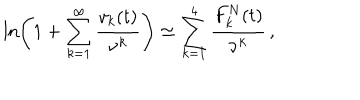
\ln \left( 1 + \sum _ { k = 1 } ^ { \infty } \frac { v _ { k } ( t ) } { \nu ^ { k } } \right) \simeq \sum _ { k = 1 } ^ { 4 } \frac { F _ { k } ^ { N } ( t ) } { \nu ^ { k } } \, { , }